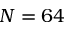
N = 6 4